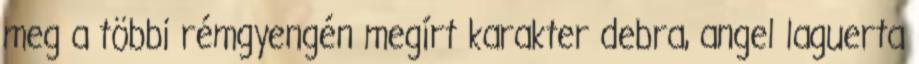
meg a többi rémgyengén megírt karakter debra, angel laguerta